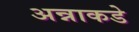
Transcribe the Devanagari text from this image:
अन्नाकडे